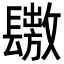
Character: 𨲶